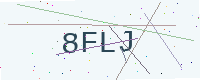
Text: 8FLJ